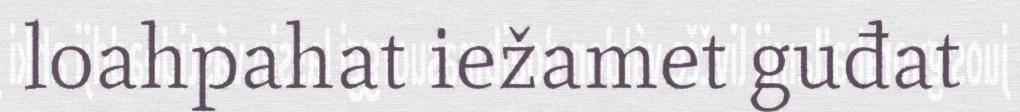
loahpahat iežamet guđat